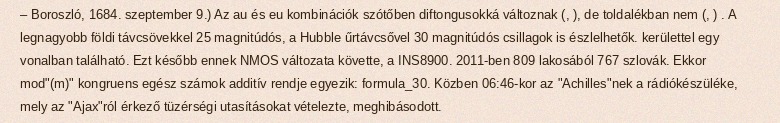
– Boroszló, 1684. szeptember 9.) Az au és eu kombinációk szótőben diftongusokká változnak (, ), de toldalékban nem (, ) . A legnagyobb földi távcsövekkel 25 magnitúdós, a Hubble űrtávcsővel 30 magnitúdós csillagok is észlelhetők. kerülettel egy vonalban található. Ezt később ennek NMOS változata követte, a INS8900. 2011-ben 809 lakosából 767 szlovák. Ekkor mod"(m)" kongruens egész számok additív rendje egyezik: formula_30. Közben 06:46-kor az "Achilles"nek a rádiókészüléke, mely az "Ajax"ról érkező tüzérségi utasításokat vételezte, meghibásodott.